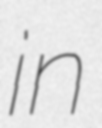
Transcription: in